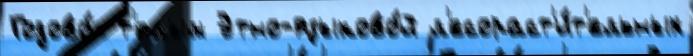
Годово́е т'́плым Этно-языково́й л'есораст'и́т'ельных